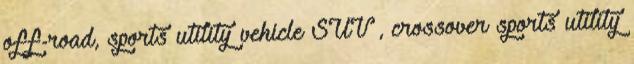
off-road, sports utility vehicle SUV , crossover sports utility